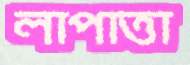
লাপাত্তা